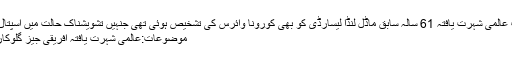
دوسری جانب عالمی شہرت یافتہ 61 سالہ سابق ماڈل لنڈا لیسارڈی کو بھی کورونا وائرس کی تشخیص ہوئی تھی جنہیں تشویشناک حالت میں اسپتال منتقل کیا گیا
موضوعات:عالمی شہرت یافتہ افریقی جیز گلوکار مینو دیبینگو